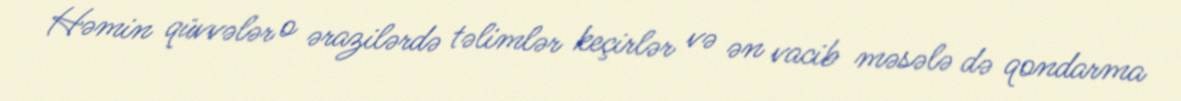
Həmin qüvvələr o ərazilərdə təlimlər keçirlər və ən vacib məsələ də qondarma